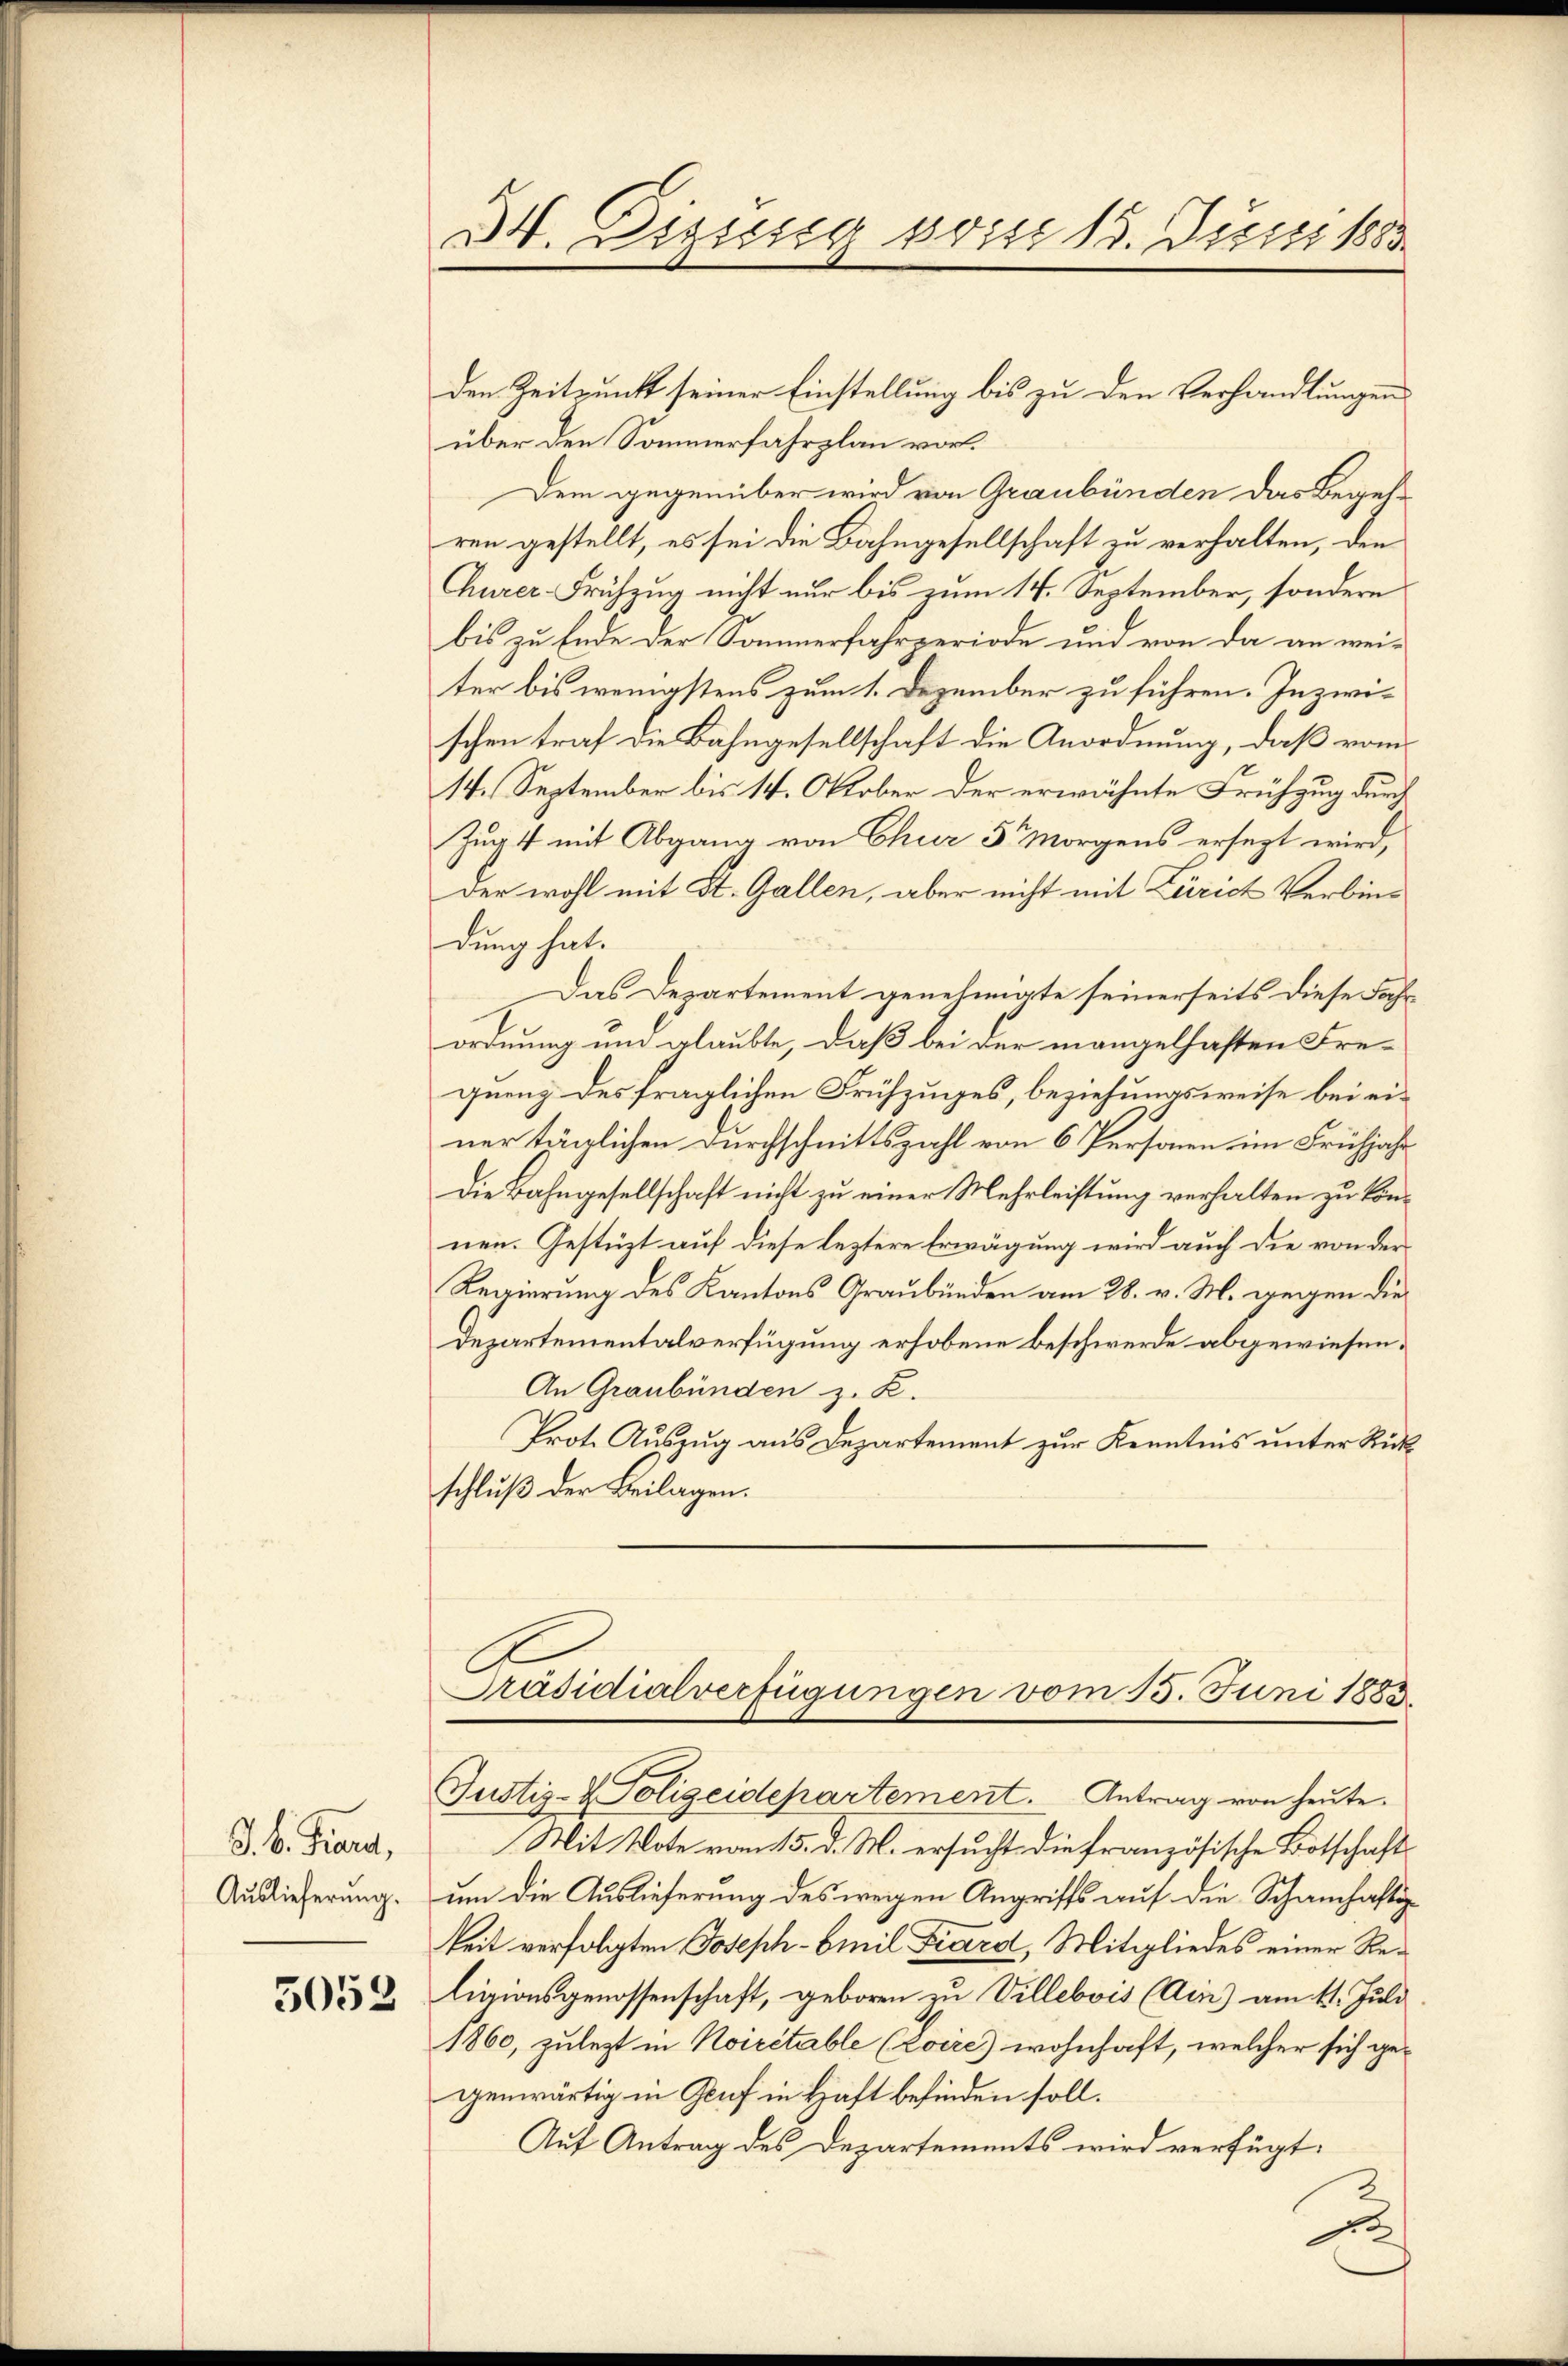
J. k. Fiard,
Auslieferung.

5052

den Zeitpunkt seiner Einstellung bis zu den Verhandlungen
über den Sommerfahrplan vor.
Dem gegenüber wird von Graubünden das Begehren gestellt, es sei die Bahngesellschaft zu verhalten, den
Churer Frühzug nicht nur bis zum 14. September, sondern
bis zu Ende der Sommerfahrperiode und von da an weiter bis wenigstens zum 1. Dezember zu führen. Inzwischen traf die Bahngesellschaft die Anordnung, daß vom
14. September bis 14. Oktober der erwähnte Frühgung durch
Zug 4 mit Abgang von Chur 5 Morgens ersezt wird,
der wohl mit St. Gallen, aber nicht mit Zürich Verbindung hat.
Das Departement genehmigte seinerseits diese Fahrordnung um glaubte, daß bei der mangelhaften Frequenz des fraglichen Frühzuges, beziehungsweise bei einer täglichen Durchschnittszahl von 6 Personen im Frühjahr
Die Bahngesellschaft nicht zu einer Mehrleistung verhalten zu können. Gestüzt auf diese leztere Erwägung wird auch die von der
Regierung des Kantons Graubünden am 28. v. M. wegen die¬
Departementalverfügung erhobene Beschwerde abgewiesen.
An Graubünden z. B.
Prot. Auszug aus Departement zur Kenntnis unter Rückschluß der Beilagen.

34. Deziesig bis 13. Juni 1883.

C
Präsidialverfügungen vom 15. Juni 1885.

Justiz- & Polizeidepartement. Antrag von heute.
Mit Vote vom 15. d. M. ersucht die französische Botschafts
um die Auslieferung des wegen Angriffs auf die Schamhaftig
keit verfolgten Joseph-Emil Kard, Mitgliedes einer Religionsgenossenschaft, geboren zu Villebois (Ain) am 11. Juli
1860, zulezt in Noirétable (Zoire) wohnhaft, welcher sich gegenwärtig in Genf in Haft befinden soll.
Auf Antrag des Departements wird verfügt
de